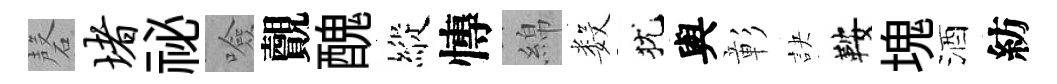
磬堵祕噞覿醜縱慱綿数犹與彰訣鞍塊酒紡